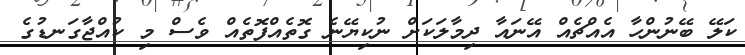
ކަލޭ ބޭނުންހާ އެއްޗެއް އޭނައާ ދިމާލަކަށް ނުކިޔޭނެ ގޮތެއްފޮތެއް ވެސް މި ކުއްޖާގަނޑުގެ